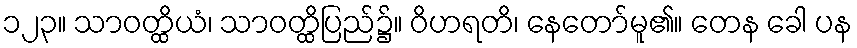
၁၂၃။ သာဝတ္ထိယံ၊ သာဝတ္ထိပြည်၌။ ဝိဟရတိ၊ နေတော်မူ၏။ တေန ခေါ ပန